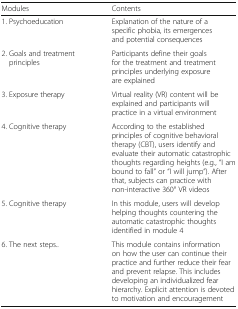
| Modules | Contents |
 | --- | --- |
 | 1. Psychoeducation | Explanation of the nature of a specific phobia, its emergences and potential consequences |
 | 2. Goals and treatment principles | Participants define their goals for the treatment and treatment principles underlying exposure are explained |
 | 3. Exposure therapy | Virtual reality (VR) content will be explained and participants will practice in a virtual environment |
 | 4. Cognitive therapy | According to the established principles of cognitive behavioral therapy (CBT), users identify and evaluate their automatic catastrophic thoughts regarding heights (e.g., “I am bound to fall” or “I will jump”). After that, subjects can practice with non-interactive 360° VR videos |
 | 5. Cognitive therapy | In this module, users will develop helping thoughts countering the automatic catastrophic thoughts identified in module 4 |
 | 6. The next steps.. | This module contains information on how the user can continue their practice and further reduce their fear and prevent relapse. This includes developing an individualized fear hierarchy. Explicit attention is devoted to motivation and encouragement |